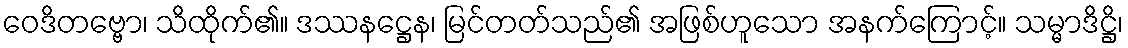
ဝေဒိတဗ္ဗော၊ သိထိုက်၏။ ဒဿနဋ္ဌေန၊ မြင်တတ်သည်၏ အဖြစ်ဟူသော အနက်ကြောင့်။ သမ္မာဒိဋ္ဌိ၊